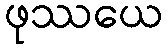
ဖုဿယေ